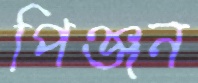
পিঞ্জন